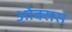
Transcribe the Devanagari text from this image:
ओक्सस